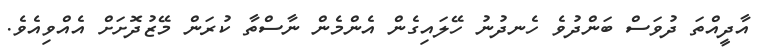
އާދީއްތަ ދުވަސް ބަންދުވެ ހެނދުނު ހޭލައިގެން އެންމެން ނާސްތާ ކުރަން މޭޒުދޮށަށް އެއްވިއެވެ.